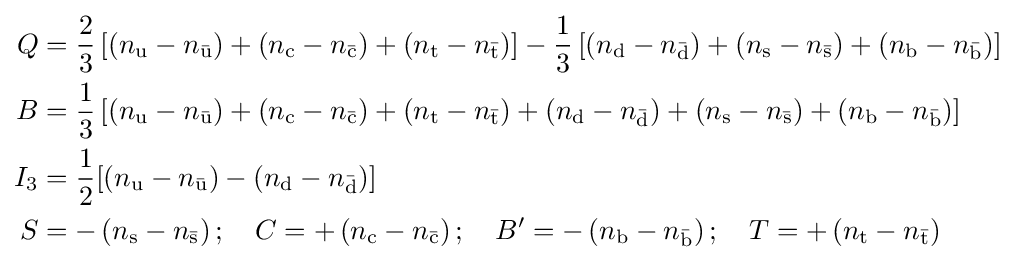
{\begin{aligned}Q&={\frac {2}{3}}\left[\left(n_{\text{u}}-n_{\bar {\text{u}}}\right)+\left(n_{\text{c}}-n_{\bar {\text{c}}}\right)+\left(n_{\text{t}}-n_{\bar {\text{t}}}\right)\right]-{\frac {1}{3}}\left[\left(n_{\text{d}}-n_{\bar {\text{d}}}\right)+\left(n_{\text{s}}-n_{\bar {\text{s}}}\right)+\left(n_{\text{b}}-n_{\bar {\text{b}}}\right)\right]\\B&={\frac {1}{3}}\left[\left(n_{\text{u}}-n_{\bar {\text{u}}}\right)+\left(n_{\text{c}}-n_{\bar {\text{c}}}\right)+\left(n_{\text{t}}-n_{\bar {\text{t}}}\right)+\left(n_{\text{d}}-n_{\bar {\text{d}}}\right)+\left(n_{\text{s}}-n_{\bar {\text{s}}}\right)+\left(n_{\text{b}}-n_{\bar {\text{b}}}\right)\right]\\I_{3}&={\frac {1}{2}}[(n_{\text{u}}-n_{\bar {\text{u}}})-(n_{\text{d}}-n_{\bar {\text{d}}})]\\S&=-\left(n_{\text{s}}-n_{\bar {\text{s}}}\right);\quad C=+\left(n_{\text{c}}-n_{\bar {\text{c}}}\right);\quad B^{\prime }=-\left(n_{\text{b}}-n_{\bar {\text{b}}}\right);\quad T=+\left(n_{\text{t}}-n_{\bar {\text{t}}}\right)\end{aligned}}